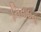
નિતાઇના